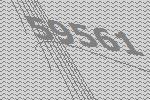
59561